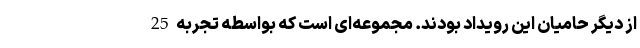
از دیگر حامیان این رویداد بودند. مجموعه‌ای است که بواسطه تجربه 25